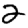
Digit: 2